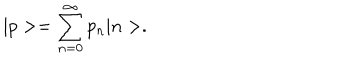
| p > = \sum _ { n = 0 } ^ { \infty } p _ { n } | n > .